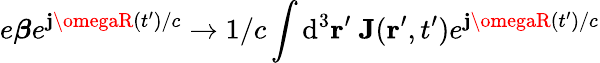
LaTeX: e\boldsymbol{\beta}e^{\mathbf{j}\omegaR(t^{\prime})/c}\rightarrow1/c\int\mathrm{{d}}^{3}{\mathbf{r}}^{\prime}\ \mathbf{{J}}({\mathbf{r}}^{\prime},t^{\prime})e^{\mathbf{j}\omegaR(t^{\prime})/c}